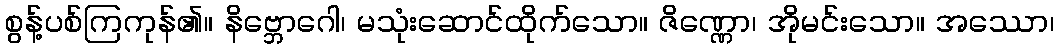
စွန့်ပစ်ကြကုန်၏။ နိဗ္ဘောဂေါ၊ မသုံးဆောင်ထိုက်သော။ ဇိဏ္ဏော၊ အိုမင်းသော။ အဿော၊